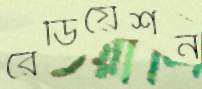
রেডিয়েশন